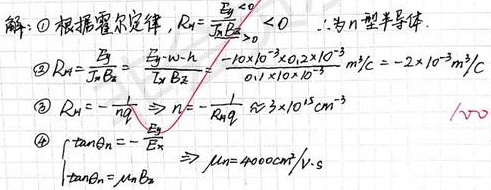
解：
\(\textcircled{1}\) 根据霍尔定律，\(R_{H}=\frac{V_{H}}{J_{x}B_{z}}<0\)，所以该半导体为\(n\)型半导体。
\(\textcircled{2}\) \(R_{H}=\frac{V_{H}}{J_{x}B_{z}}=\frac{V_{H}\cdot w\cdot h}{I_{x}B_{z}}=\frac{-10\times 10^{- 6}\times0.2\times 10^{-3}}{0.01\times 10\times 10^{-3}}m^{3}/C=-2\times 10^{-3}m^{3}/C\)
\(\textcircled{3}\) \(R_{H}=-\frac{1}{nq}\Rightarrow n=-\frac{1}{R_{H}q}\approx3\times 10^{25}m^{-3}\)
\(\textcircled{4}\) \(\begin{cases}\tan\theta_{H}=-\frac{E_{y}}{E_{x}}\\\tan\theta_{H}=\mu_{n}B_{z}\end{cases}\Rightarrow\mu_{n}=4000cm^{2}/V\cdot s\)